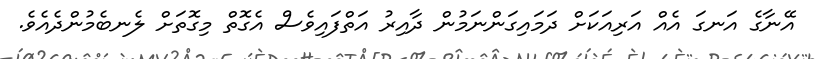
އޭނާގެ އަނގަ އެއް އަރިއަކަށް ދަމައިގަންނަމުން ދާއިރު އަތްފައިވެސް އެގޮތް މިގޮތަށް ލެނބެމުންދެއެވެ.